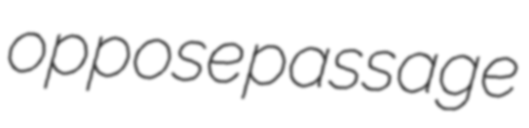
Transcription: oppose passage